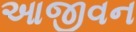
આજીવન